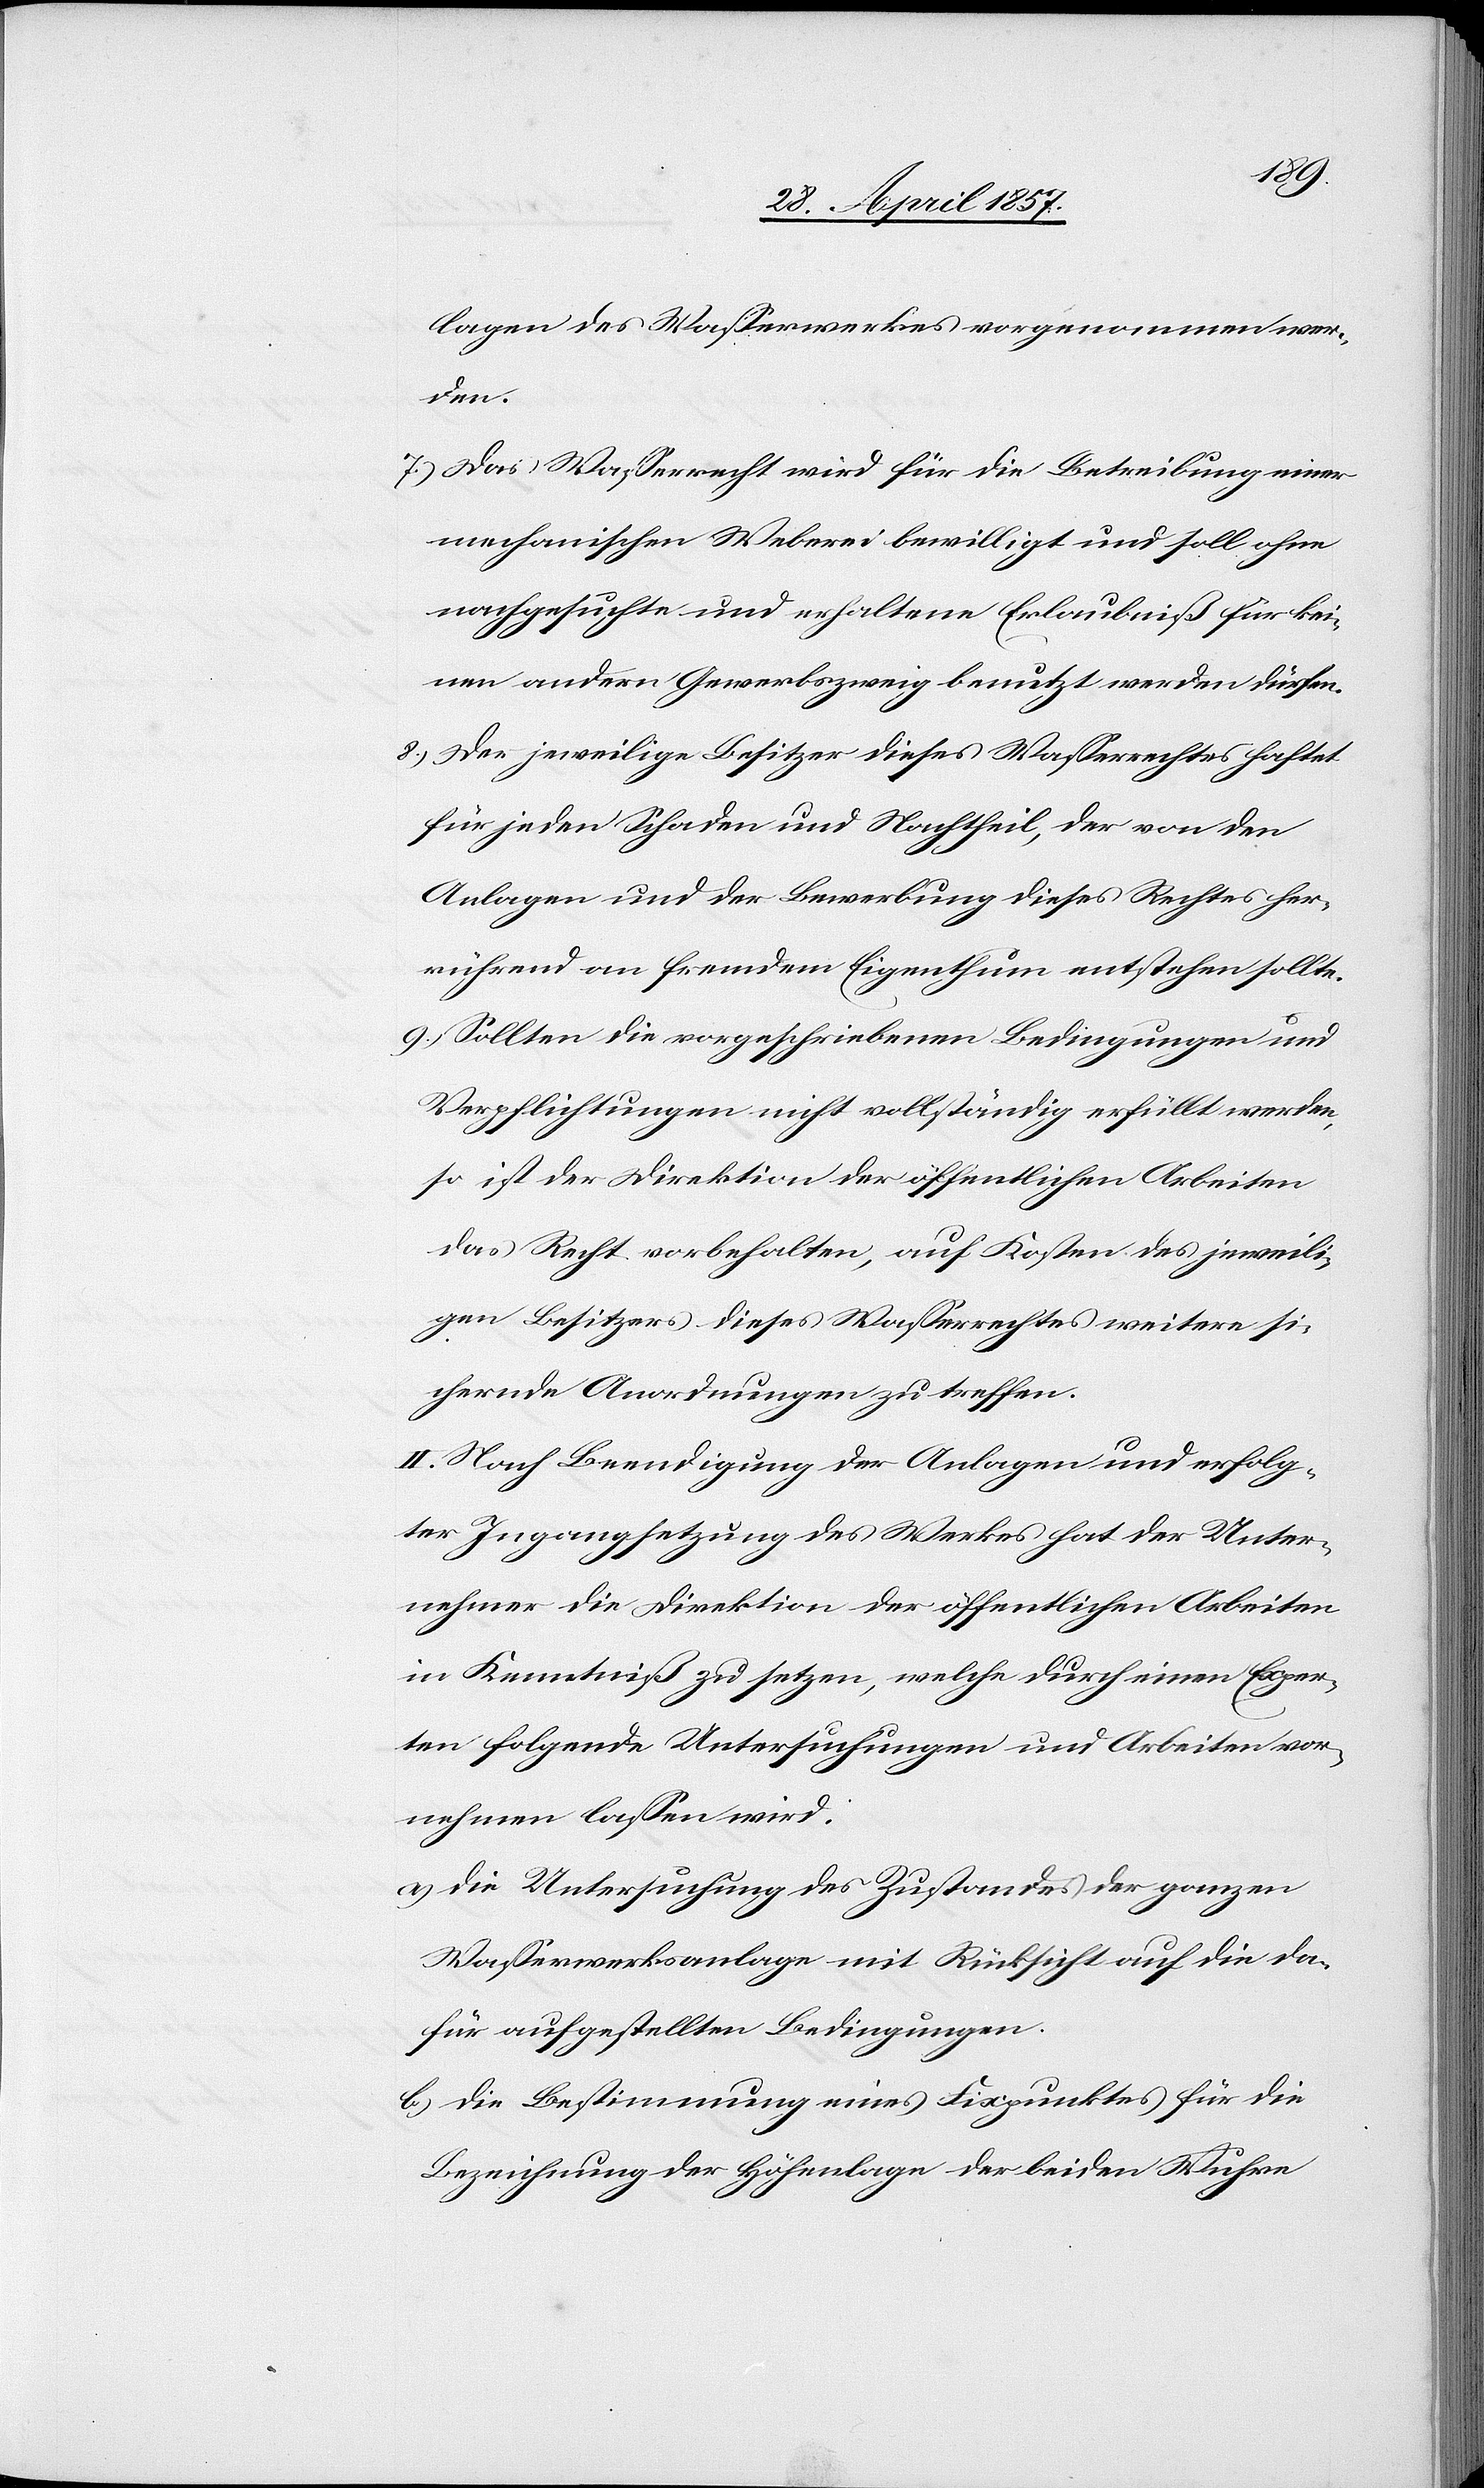
lagen des Waßerwerkes vorgenommen wer¬
den.
7.) Das Waßerrecht wird für die Betreibung einer
mechanischen Weberei bewilligt und soll ohne
nachgesuchte und erhaltene Erlaubniß für kei¬
nen andern Gewerbszweig benutzt werden dürfen.
8.) Der jeweilige Besitzer dieses Waßerrechtes haftet
für jeden Schaden und Nachtheil, der von den
Anlagen und der Bewerbung dieses Rechtes her¬
rührend an fremdem Eigenthum entstehen sollte.
9.) Sollten die vorgeschriebenen Bedingungen und
Verpflichtungen nicht vollständig erfüllt werden,
so ist der Direktion der öffentlichen Arbeiten
das Recht vorbehalten, auf Kosten des jeweili¬
gen Besitzers dieses Waßerrechtes weitere si¬
chernde Anordnungen zu treffen.
II. Nach Beendigung der Anlagen und erfolg¬
ter Ingangsetzung des Werkes hat der Unter¬
nehmer die Direktion der öffentlichen Arbeiten
in Kenntniß zu setzen, welche durch einen Exper¬
ten folgende Untersuchungen und Arbeiten vor¬
nehmen laßen wird:
a.) die Untersuchung des Zustandes der ganzen
Waßerwerksanlage mit Rücksicht auf die da¬
für aufgestellten Bedingungen.
b.) die Bestimmung eines Fixpunktes für die
Bezeichnung der Höhenlage der beiden Wuhre